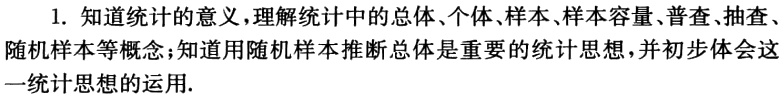
1. 知道统计的意义，理解统计中的总体、个体、样本、样本容量、普查、抽查、随机样本等概念；知道用随机样本推断总体是重要的统计思想，并初步体会这一统计思想的运用.